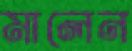
মালেন